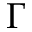
\Gamma